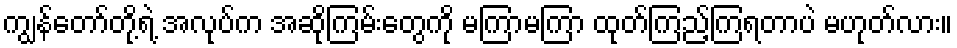
ကျွန်တော်တို့ရဲ့ အလုပ်က အဆိုကြမ်းတွေကို မကြာမကြာ ထုတ်ကြည့်ကြရတာပဲ မဟုတ်လား။